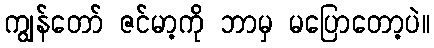
ကျွန်တော် ဇင်မာ့ကို ဘာမှ မပြောတော့ပဲ။